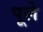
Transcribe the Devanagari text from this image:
पूले